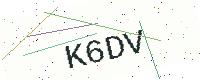
Text: K6DV